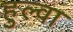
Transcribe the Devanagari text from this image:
हुल्वा